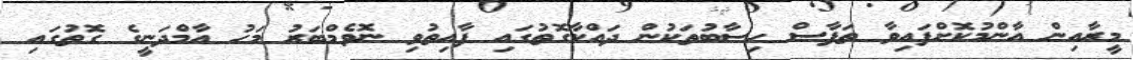
މީރާއިން އާންމުކޮށްފައިވާ ތަފާސް ހިސާބުތަކުން ދައްކާގޮތުގައި ފާއިތުވި ނޮވެމްބަރު މަހު އާމްދަނީގެ ގޮތުގައި